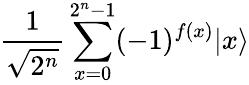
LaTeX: {\frac{1}{\sqrt{2^{n}}}}\sum_{x=0}^{2^{n}-1}(-1)^{f(x)}|x\rangle